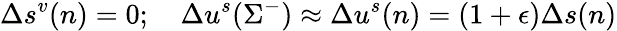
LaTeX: \Delta s^{v}(n)=0;~~~~\Delta u^{s}(\Sigma^{-})\approx\Delta u^{s}(n)=(1+\epsilon)\Delta s(n)